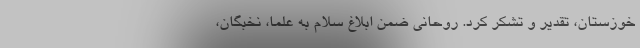
خوزستان، تقدیر و تشکر کرد. روحانی ضمن ابلاغ سلام به علما، نخبگان،